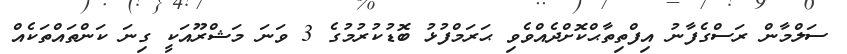
ސަލްމާން ރަސްގެފާނު އިފްތިތާޙްކޮށްދެއްވެވި ޙަރަމްފުޅު ބޮޑުކުރުމުގެ 3 ވަނަ މަޝްރޫއަކީ ގިނަ ކަންތައްތަކެއް